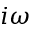
i \omega